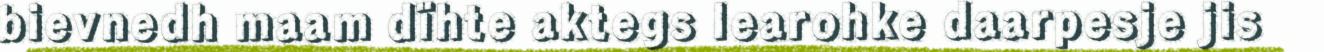
bievnedh maam dïhte aktegs learohke daarpesje jis